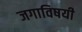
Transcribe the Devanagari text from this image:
जगाविषयी